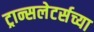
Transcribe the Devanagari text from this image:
ट्रान्सलेटर्सच्या